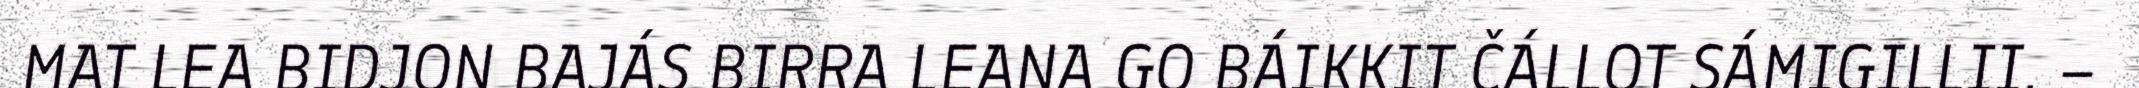
MAT LEA BIDJON BAJÁS BIRRA LEANA GO BÁIKKIT ČÁLLOT SÁMIGILLII. –